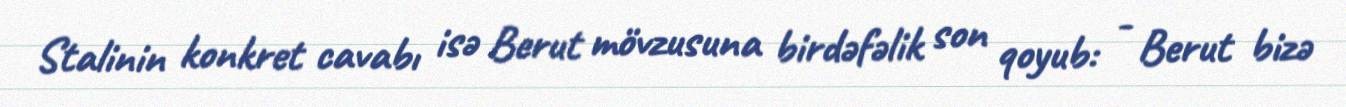
Stalinin konkret cavabı isə Berut mövzusuna birdəfəlik son qoyub: - Berut bizə